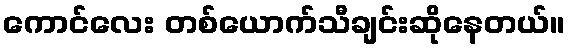
ကောင်လေး တစ်ယောက်သီချင်းဆိုနေတယ်။